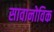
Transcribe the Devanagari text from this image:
सावानोविक